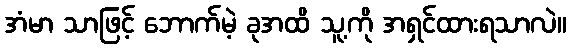
အံမာ သာဖြင့် ဘောက်မဲ့ ခုအထိ သူ့ကို အရှင်ထားရသာလဲ။